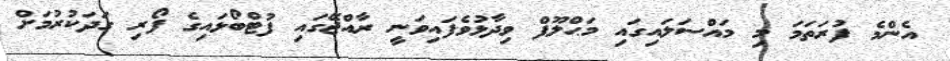
އެންމެ ފުރަތަމަ މި މައްސަލައިގައި މަޙްލޫފް ވިދާޅުވެފައިވަނީ ރާއްޖޭގައި ފުޓްބޯޅައިގެ ފޯރި ގަދަކުރުމަށް